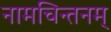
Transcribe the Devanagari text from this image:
नामचिन्तनम्